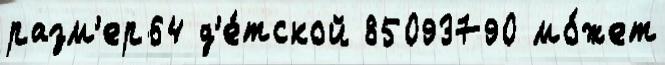
разм'ер64 д'е́тской 85093790 мо́жет